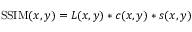
\operatorname { S S I M } ( x , y ) = L ( x , y ) * c ( x , y ) * s ( x , y )